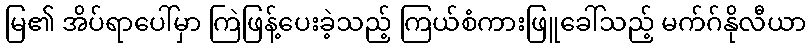
မြ၏ အိပ်ရာပေါ်မှာ ကြဲဖြန့်ပေးခဲ့သည့် ကြယ်စံကားဖြူခေါ်သည့် မက်ဂ်နိုလီယာ